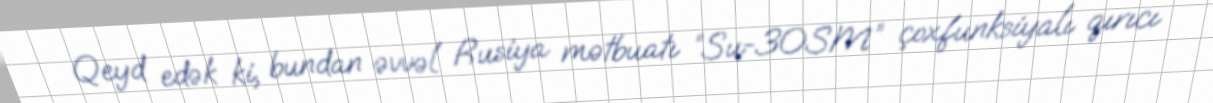
Qeyd edək ki, bundan əvvəl Rusiya mətbuatı “Su-30SM” çoxfunksiyalı qırıcı